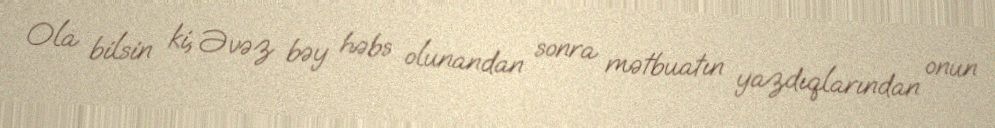
Ola bilsin ki, Əvəz bəy həbs olunandan sonra mətbuatın yazdıqlarından onun